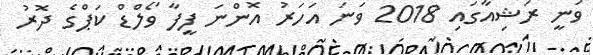
ވަނީ ރަޝިއާގައި 2018 ވަނަ އަހަރު އޮންނަ ފީފާ ވޯލްޑް ކަޕްގެ ދޮރު